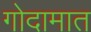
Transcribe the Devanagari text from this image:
गोदामात